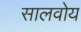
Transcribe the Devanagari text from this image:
सालवोय